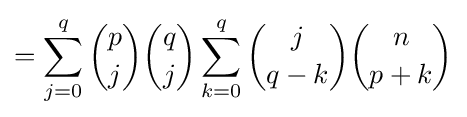
=\sum _{j=0}^{q}{p \choose j}{q \choose j}\sum _{k=0}^{q}{j \choose {q-k}}{n \choose {p+k}}